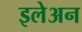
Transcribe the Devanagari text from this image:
इलेअन